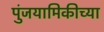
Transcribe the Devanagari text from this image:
पुंजयामिकीच्या